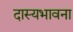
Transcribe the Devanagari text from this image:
दास्यभावना